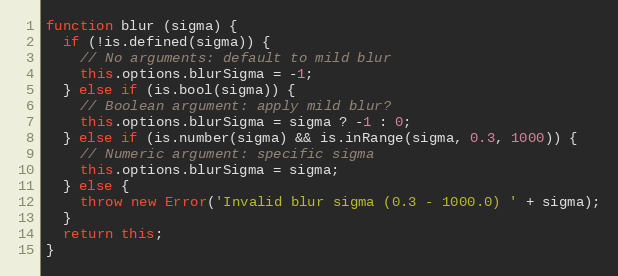
Language: JavaScript
function blur (sigma) {
  if (!is.defined(sigma)) {
    // No arguments: default to mild blur
    this.options.blurSigma = -1;
  } else if (is.bool(sigma)) {
    // Boolean argument: apply mild blur?
    this.options.blurSigma = sigma ? -1 : 0;
  } else if (is.number(sigma) && is.inRange(sigma, 0.3, 1000)) {
    // Numeric argument: specific sigma
    this.options.blurSigma = sigma;
  } else {
    throw new Error('Invalid blur sigma (0.3 - 1000.0) ' + sigma);
  }
  return this;
}